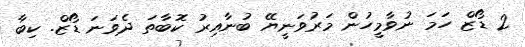
2 ޑޯޒް ހަމަ ނުވާމީހުން މަރުވަނީޔޭ ބުނާއިރު ކޮބާތަ ދެވަނަ ޑޯޒް. ކިބާ